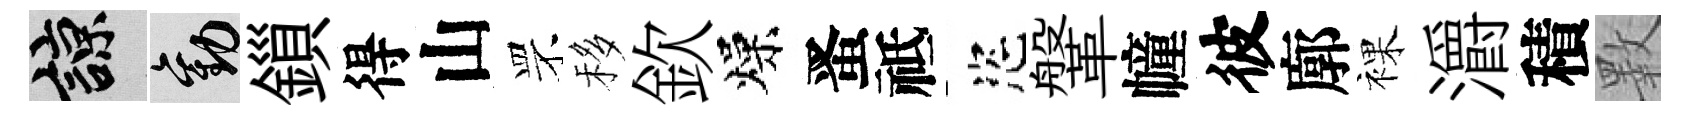
諒勸鎻得山罘移欽燥󱉠祗恣鞶幢彼廓裸灂積斁